Civil Veterinary Dept. North-West Frontier Province 1923-32 - 1923-1932
Year: 1923
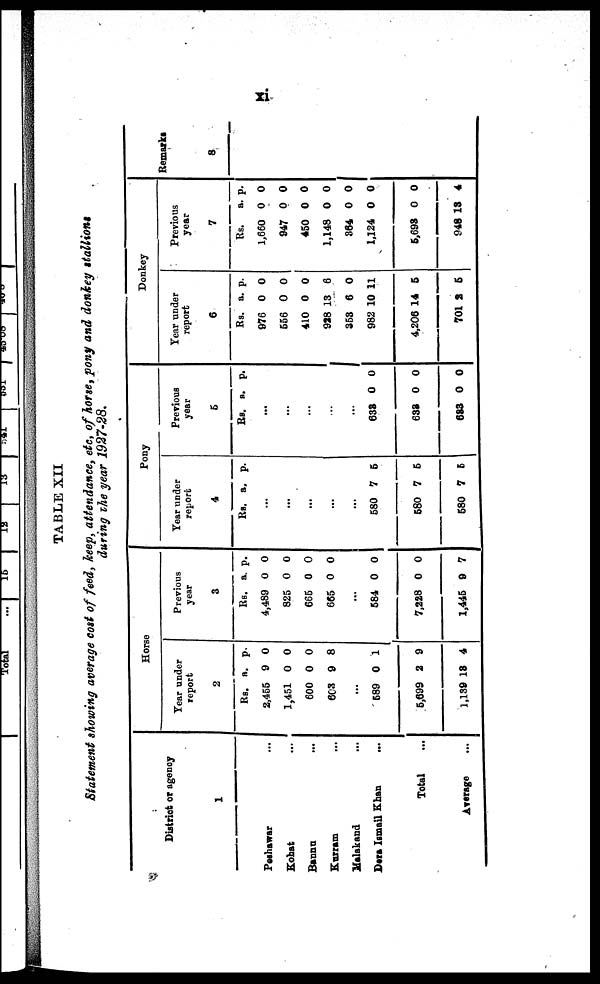
xi
TABLE XII
Statement showing average cost of feed, keep, attendance, etc, of horse, pony and donkey stallions
during the year 1927-28.
District or agency
1
Peshawar ...
Kohat ...
Bannu ...
Kurram ...
Malakand ...
Dera Ismail Khan ...
Total ...
Average ...
Horse
Year under
report
2
Rs.
2,455
1,451
600
603
a.
9
0
0
9
p.
0
0
0
8
...
589
5,699
1,139
0
2
18
1
9
4
Previous
year
3
Rs.
4,489
825
665
665
a.
0
0
0
0
p.
0
0
0
0
...
584
7,228
1,445
0
0
9
0
0
7
Pony
Year under
report
4
Rs. a. p.
...
...
...
...
...
580
580
580
7
7
7
5
5
5
Previous
year
5
Rs. a. p.
...
...
...
...
...
633
633
683
0
0
0
0
0
0
Donkey
Year under
report
6
Rs.
976
556
410
928
353
982
4,206
701
a.
0
0
0
13
6
10
14
2
p.
0
0
0
6
0
11
5
5
Previous
year
7
Rs.
1,660
947
450
1,148
364
1,124
5,693
948
a.
0
0
0
0
0
0
0
13
p.
0
0
0
0
0
0
0
4
Remarks
8